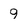
Character: 9